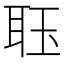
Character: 𮶑